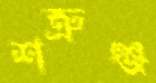
শত্রুঞ্জ